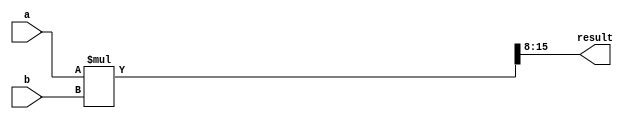
// This program was cloned from: https://github.com/kasrahj/Computer-Aided-Design
// License: MIT License

module multiplier(
    input [7:0] a, b,
    output [7:0] result
);

    wire [15:0] mult;
    assign mult = a * b;
    assign result = mult[15:8];

endmodule